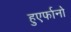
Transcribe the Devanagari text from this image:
हुएर्फानो